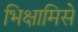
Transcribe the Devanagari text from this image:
भिक्षामिसे